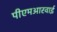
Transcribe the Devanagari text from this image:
पीएमआरवाई